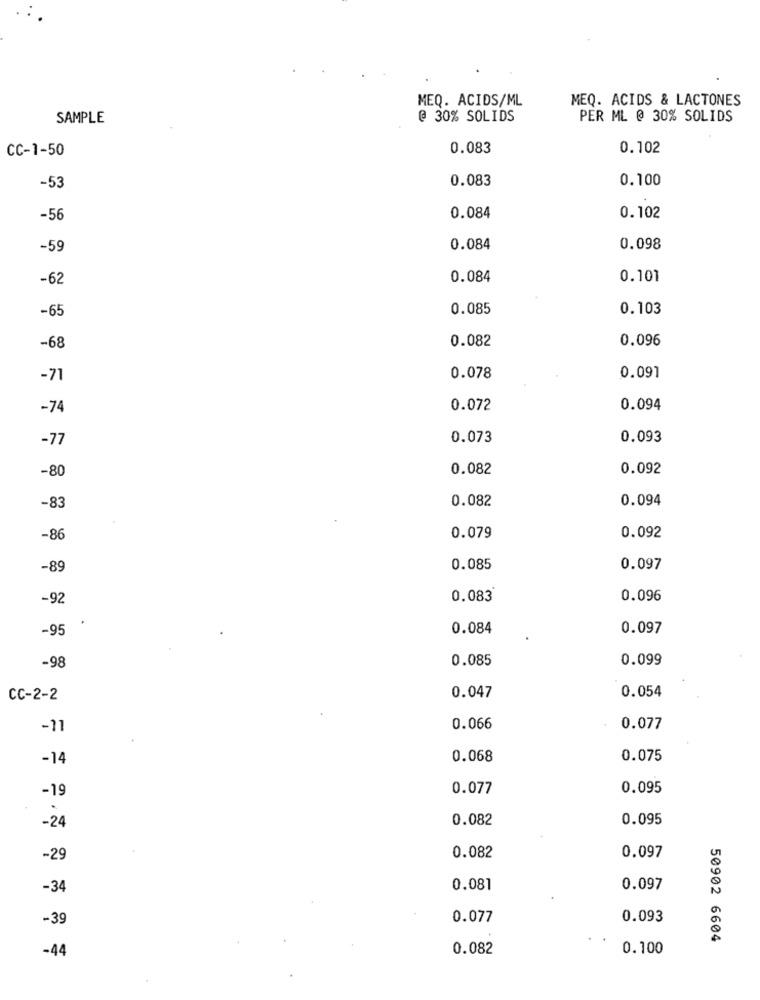
MEQ. ACIDS/ML
MEQ. ACIDS & LACTONES
SAMPLE
@ 30% SOLIDS
PER ML @ 30% SOLIDS
CC-1-50
0.083
0.102
0.083
0.100
-53
-56
0.084
0.102
-59
0.084
0.098
-62
0.084
0.101
-65
0.085
0.103
0.082
0.096
-68
-71
0.078
0.091
-74
0.072
0.094
-77
0.073
0.093
-80
0.082
0.092
0.082
0.094
-83
-86
0.079
0.092
-89
0.085
0.097
-92
0.083
0.096
-95
0.084
0.097
0.085
0.099
-98
0.054
CC-2-2
0.047
-11
0.066
0.077
-14
0.068
0.075
-19
0.077
0.095
0.082
0.095
-24
0.082
-29
0.097
-34
0.081
0.097
-39
0.077
0.093
50902 6604
-44
0.082
0.100